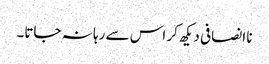
نا انصافی دیکھ کر اس سے رہا نہ جاتا۔